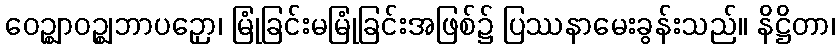
ဝေဉ္ဈာဝဉ္ဈဘာပဉှော၊ မြုံခြင်းမမြုံခြင်းအဖြစ်၌ ပြဿနာမေးခွန်းသည်။ နိဋ္ဌိတာ၊